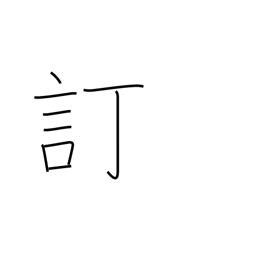
Meaning: revise